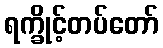
ရက္ခိုင့်တပ်တော်